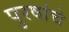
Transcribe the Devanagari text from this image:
पुरषांचे